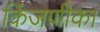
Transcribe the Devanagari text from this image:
किंजणीका